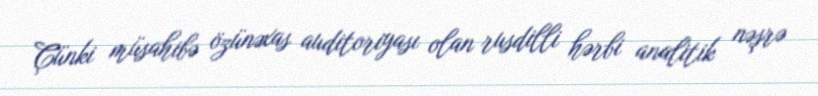
Çünki müsahibə özünəxas auditoriyası olan rusdilli hərbi analitik nəşrə